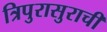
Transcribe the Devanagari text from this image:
त्रिपुरासुराची